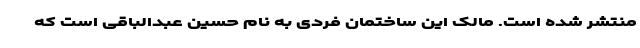
منتشر شده است. مالک این ساختمان فردی به نام حسین عبدالباقی است که